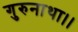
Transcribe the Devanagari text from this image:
गुरुनाथा।।